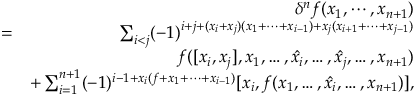
\begin{array} { r l r } & { } & { \delta ^ { n } f ( x _ { 1 } , \cdots , x _ { n + 1 } ) } \\ & { = } & { \sum _ { i < j } ( - 1 ) ^ { i + j + ( x _ { i } + x _ { j } ) ( x _ { 1 } + \cdots + x _ { i - 1 } ) + x _ { j } ( x _ { i + 1 } + \cdots + x _ { j - 1 } ) } } \\ & { } & { f ( [ x _ { i } , x _ { j } ] , x _ { 1 } , \ldots , \hat { x _ { i } } , \ldots , \hat { x _ { j } } , \ldots , x _ { n + 1 } ) } \\ & { } & { + \sum _ { i = 1 } ^ { n + 1 } ( - 1 ) ^ { i - 1 + x _ { i } ( f + x _ { 1 } + \cdots + x _ { i - 1 } ) } [ x _ { i } , f ( x _ { 1 } , \ldots , \hat { x _ { i } } , \ldots , x _ { n + 1 } ) ] , } \end{array}